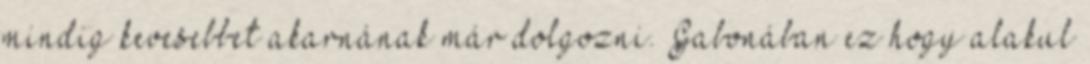
mindig kevesebbet akarnának már dolgozni. Gabonában ez hogy alakul